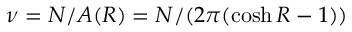
\nu = N / A ( R ) = N / ( 2 \pi ( \cosh R - 1 ) )